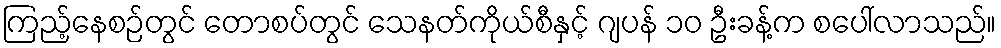
ကြည့်နေစဉ်တွင် တောစပ်တွင် သေနတ်ကိုယ်စီနှင့် ဂျပန် ၁၀ ဦးခန့်က စပေါ်လာသည်။